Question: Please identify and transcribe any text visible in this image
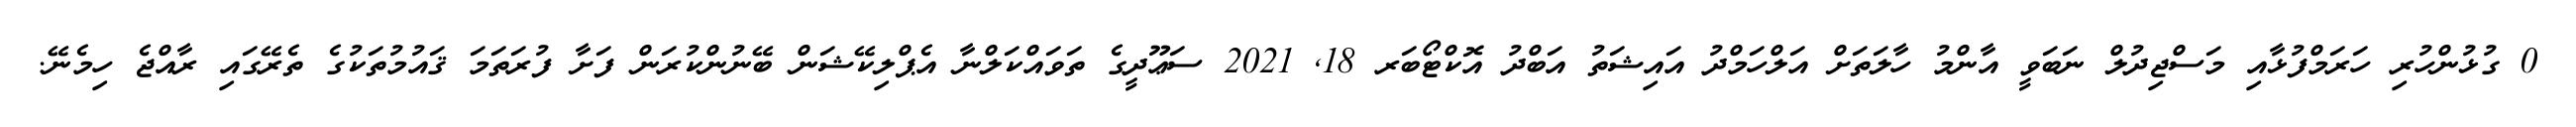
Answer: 0 ގުޅުންހުރި ހަރަމްފުޅާއި މަސްޖިދުލް ނަބަވީ އާންމު ހާލަތަށް އަލްހަމްދު އައިޝަތު އަބްދު އޮކްޓޯބަރ 18, 2021 ސަޢޫދީގެ ތަވައްކަލްނާ އެޕްލިކޭޝަން ބޭނުންކުރަން ފަށާ ފުރަތަމަ ޤައުމުތަކުގެ ތެރޭގައި ރާއްޖެ ހިމެނޭ.